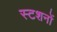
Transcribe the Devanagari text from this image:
स्टशनों